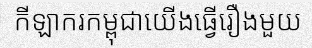
កីឡាករកម្ពុជាយើងធ្វើរឿងមួយ